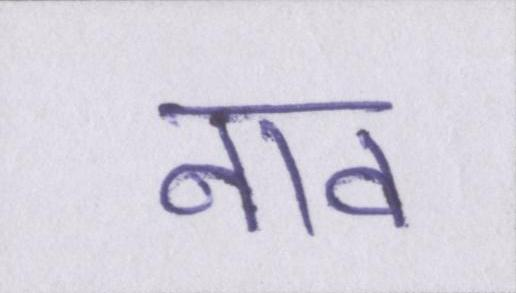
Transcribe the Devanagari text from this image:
नाव